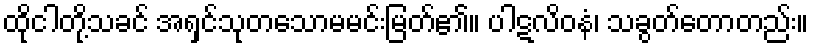
ထိုငါတို့သခင် အရှင်သုတသောမမင်းမြတ်၏။ ပါဋလိဝနံ၊ သခွတ်တောတည်း။